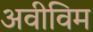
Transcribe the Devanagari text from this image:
अवीविम